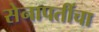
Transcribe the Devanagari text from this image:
सेनापतींचा